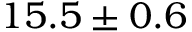
1 5 . 5 \pm 0 . 6